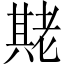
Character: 𬚌